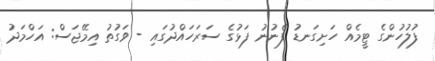
ފުލުހުންގެ ޓީމެއް ހަށިގަނޑު ފެނުނު ފަޅުގެ ސަރަހައްދުގައި - ވަގުތު އިމޭޖަސް: އަހްމަދު